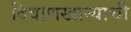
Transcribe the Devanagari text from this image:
दिवाणखान्याची